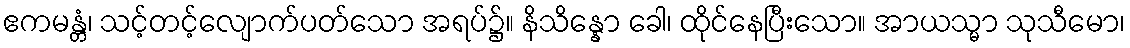
ဧကမန္တံ၊ သင့်တင့်လျောက်ပတ်သော အရပ်၌။ နိသိန္နော ခေါ၊ ထိုင်နေပြီးသော။ အာယသ္မာ သုသီမော၊